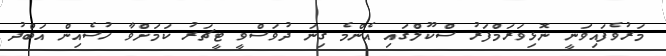
މަރުވެފައިވަނީ ނޮޅިވަރަމްފަރު ސްކޫލްގައި އެންމެ ގިނަ ދުވަސްވީ ޓީޗަރު ކަމަށްވާ ހުސެއިން އަބްދު